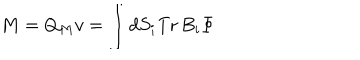
LaTeX: M = Q _ { M } v = \int d S _ { i } \mathrm { T r } \, B _ { i } \Phi